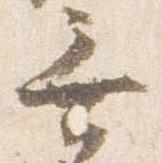
無